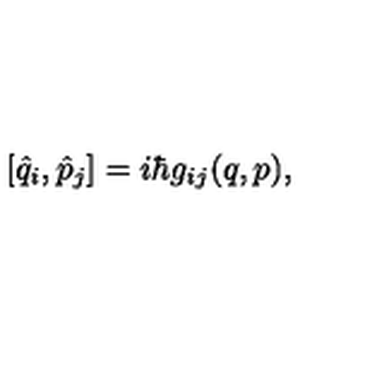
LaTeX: [ \hat { q } _ { i } , \hat { p } _ { j } ] = i \hbar g _ { i j } ( q , p ) ,